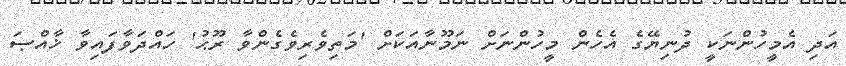
އަދި އެމީހުންނަކީ ދުނިޔޭގެ އެހެން މީހުންނަށް ނަމޫނާއަކަށް 'މަތިވެރިވެގެންވާ ރޫޙު' ހައްދަވާފައިވާ ޚާއްޞަ